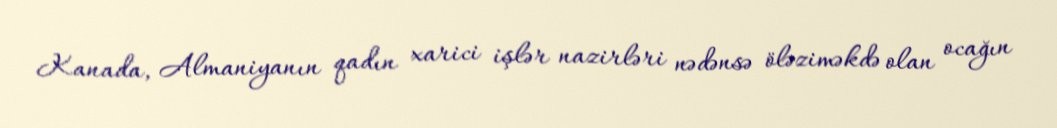
Kanada, Almaniyanın qadın xarici işlər nazirləri nədənsə öləziməkdə olan ocağın